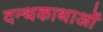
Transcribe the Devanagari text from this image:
दन्थकाथाओं